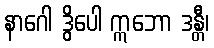
နာဂေါ ဒွိပေါ ဣဘော ဒန္တီ၊